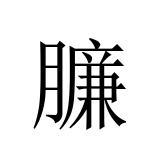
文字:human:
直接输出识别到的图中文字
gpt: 臁